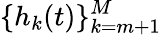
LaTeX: \{ h_{k}(t)\} _{k=m+1}^{M}